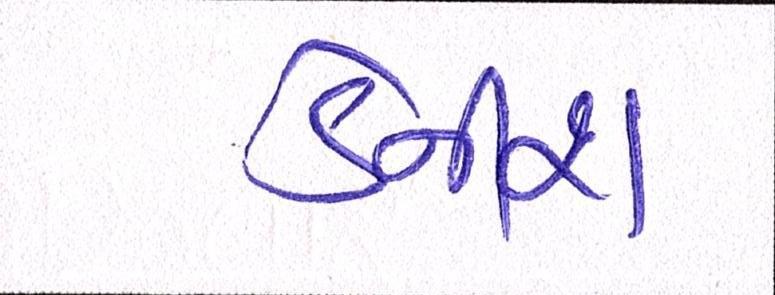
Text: ડેનીશ